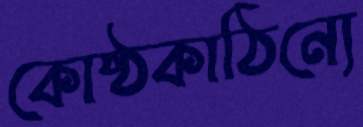
কোষ্ঠকাঠিন্যে